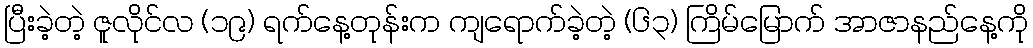
ပြီးခဲ့တဲ့ ဇူလိုင်လ (၁၉) ရက်နေ့တုန်းက ကျရောက်ခဲ့တဲ့ (၆၃) ကြိမ်မြောက် အာဇာနည်နေ့ကို